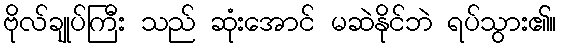
ဗိုလ်ချုပ်ကြီး သည် ဆုံးအောင် မဆဲနိုင်ဘဲ ရပ်သွား၏။